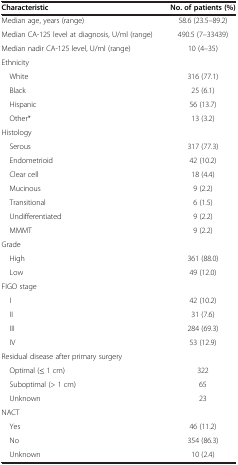
<table><thead><tr><td><b>Characteristic</b></td><td><b>No. of patients (%)</b></td></tr></thead><tbody><tr><td>Median age, years (range)</td><td>58.6 (23.5–89.2)</td></tr><tr><td>Median CA-125 level at diagnosis, U/ml (range)</td><td>490.5 (7–33439)</td></tr><tr><td>Median nadir CA-125 level, U/ml (range)</td><td>10 (4–35)</td></tr><tr><td>Ethnicity</td><td> </td></tr><tr><td> White</td><td>316 (77.1)</td></tr><tr><td> Black</td><td>25 (6.1)</td></tr><tr><td> Hispanic</td><td>56 (13.7)</td></tr><tr><td> Other*</td><td>13 (3.2)</td></tr><tr><td>Histology</td><td> </td></tr><tr><td> Serous</td><td>317 (77.3)</td></tr><tr><td> Endometrioid</td><td>42 (10.2)</td></tr><tr><td> Clear cell</td><td>18 (4.4)</td></tr><tr><td> Mucinous</td><td>9 (2.2)</td></tr><tr><td> Transitional</td><td>6 (1.5)</td></tr><tr><td> Undifferentiated</td><td>9 (2.2)</td></tr><tr><td> MMMT</td><td>9 (2.2)</td></tr><tr><td>Grade</td><td> </td></tr><tr><td> High</td><td>361 (88.0)</td></tr><tr><td> Low</td><td>49 (12.0)</td></tr><tr><td>FIGO stage</td><td> </td></tr><tr><td> I</td><td>42 (10.2)</td></tr><tr><td> II</td><td>31 (7.6)</td></tr><tr><td> III</td><td>284 (69.3)</td></tr><tr><td> IV</td><td>53 (12.9)</td></tr><tr><td>Residual disease after primary surgery</td><td> </td></tr><tr><td> Optimal (<b>≤</b> 1 cm)</td><td>322</td></tr><tr><td> Suboptimal (&gt; 1 cm)</td><td>65</td></tr><tr><td> Unknown</td><td>23</td></tr><tr><td>NACT</td><td> </td></tr><tr><td> Yes</td><td>46 (11.2)</td></tr><tr><td> No</td><td>354 (86.3)</td></tr><tr><td> Unknown</td><td>10 (2.4)</td></tr></tbody></table>